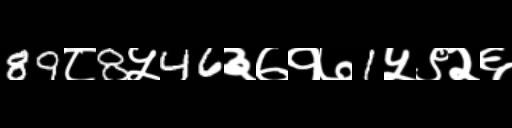
Text: 89८8५46३७१७1५९२६